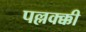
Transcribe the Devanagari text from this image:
पल्लक्क्की